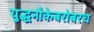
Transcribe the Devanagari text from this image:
युद्धनौकेबरोबरच